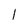
Character: l